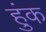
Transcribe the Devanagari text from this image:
हुंक